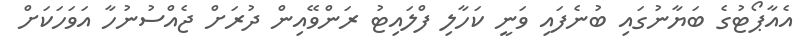
އެއާޕޯޓުގެ ބަޔާނުގައި ބުނެފައި ވަނީ ކަހާލި ފްލައިޓު ރަންވޭއިން ދުރަށް ޖެއްސުނުހާ އަވަހަކަށް